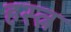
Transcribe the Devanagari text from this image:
हस्त्न